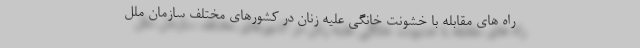
راه های مقابله با خشونت خانگی علیه زنان در کشورهای مختلف سازمان ملل